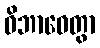
ဝိဘာဝေတွာ